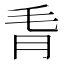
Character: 𪵗